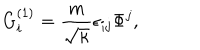
G _ { i } ^ { ( 1 ) } = \frac { m } { \sqrt { \kappa } } \epsilon _ { i j } \Phi ^ { j } ,